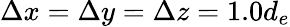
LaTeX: \Delta x=\Delta y=\Delta z=1.0d_{e}